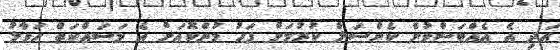
އަދި އެ އެއްބަސްވުން ކެންސަލް ކުރުމަށް ފަހު މުންކޮއަށް އެ މަސައްކަތް ހަވާލު